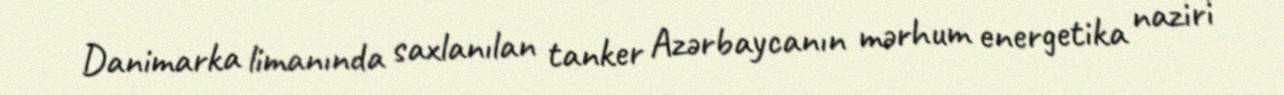
Danimarka limanında saxlanılan tanker Azərbaycanın mərhum energetika naziri